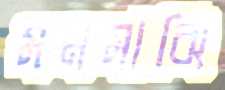
মনমাঝি